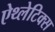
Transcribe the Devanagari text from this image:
ऐथ्लेटिक्स